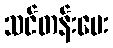
သင်တန်းပေး